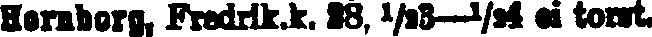
Hornborg, Fredrik.k. 28, ½3—½4 ei torst.